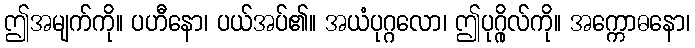
ဤအမျက်ကို။ ပဟီနော၊ ပယ်အပ်၏။ အယံပုဂ္ဂလော၊ ဤပုဂ္ဂိုလ်ကို။ အက္ကောဓနော၊